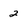
Character: 2